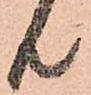
共